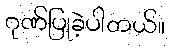
ဂုဏ်ပြုခဲ့ပါတယ်။